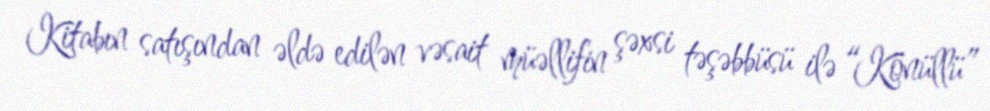
Kitabın satışından əldə edilən vəsait müəllifin şəxsi təşəbbüsü ilə “Könüllü”